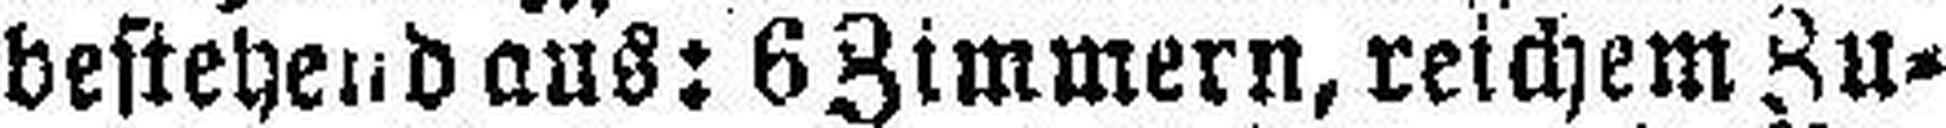
bestehend aus: 6 Zimmern, reichem Zu¬